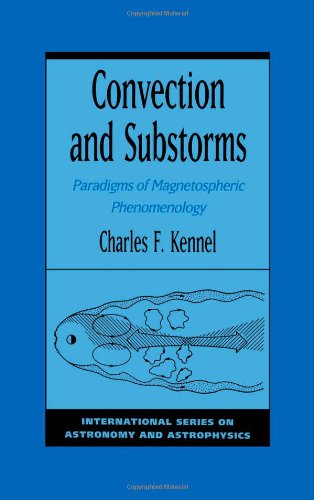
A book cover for Convection and Substorms: Paradigms of Magnetospheric Phenomenology (International Series on Astronomy and Astrophysics); Charles F. Kennel; Science & Math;